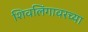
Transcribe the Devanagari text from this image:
शिवलिंगावरच्या